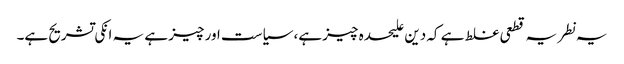
یہ نطریہ قطعی غلط ہے کہ دین علیحدہ چیز ہے، سیاست اور چیز ہے یہ انکی تشریح ہے۔